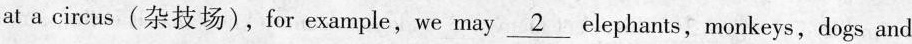
at a circus(杂技场),for example,we may